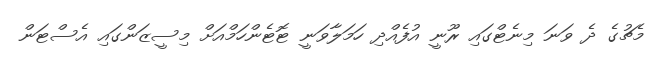
މެޗުގެ ދެ ވަނަ މިނެޓްގައި ރޫނީ އުފެއްދި ހަމަލާވަނީ ޓޮޓެންހަމްއަށް މިސީޒަންގައި އެސްޓަން